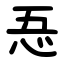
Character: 忢